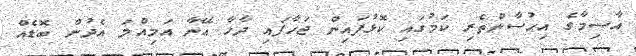
އާސިމާގެ އިޙުސާންތެރި ކަމުގައި ކޮޅުފައިން ޖަހާފައި ދާހާ އޭނާ އަމިއްލަ އެދުން ބޮޑެއް